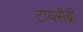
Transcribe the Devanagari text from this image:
टायसैब्री